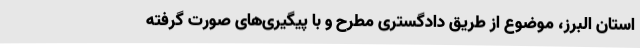
استان البرز، موضوع از طریق دادگستری مطرح و با پیگیری‌های صورت گرفته